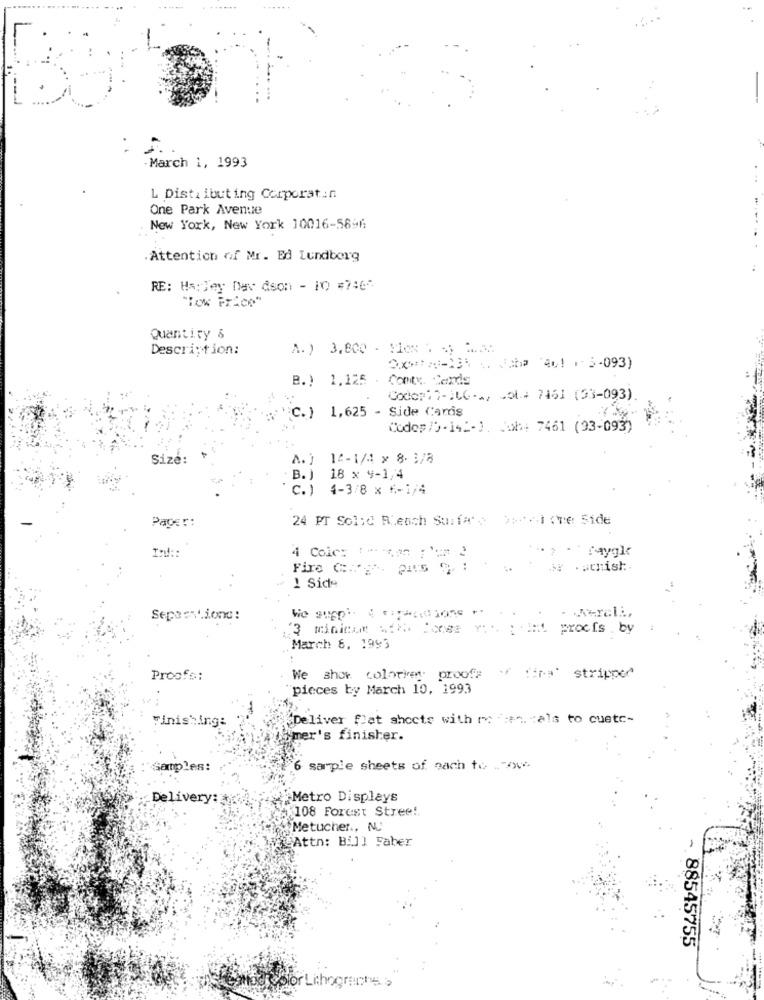
March 1, 1993
L Distributing Corporatin
One Park Avenue
New York, New York 10016-5896
. Attention of Mr. Ed Lundberg
RE: Hs: Jey Day &son - 10 #7:67
"How Price"
Quantity &
Description:
A. ) 3.800 - Mies . 5 2.5.
Oper-135 %. Jaba Au! 1 5-093)
B.) 1.125 . Conty. Cards
Codo:17-ILC-%, Lol* 7461 (33-093)
C.) 1,625 - Side Caris
Codes /9- 14 :- ). Juh+ 7461 (93-093)
Size:
A. )
14-1/4 x 8- 3/8
B. J
18 x 4-1/4
C.) 4-3/8 x 6-1/4
Paper:
24 PT Solid Reach Surfa's 25.1.ve Side
** > - raygk
4 Colc: :*- * 4.0
Fire C :: ' --- 2115 9 :
1 Side
Seperniono:
3 mininame => Iones mit : :
procis . by
March 6. 1993
Proofs:
We show. colorier proof?
"pieces by March 10, 1993
Finishing:
(Deliver flat shocts with me ":+ cals to cuetc-
imer's finisher.
amples:
6 sarple sheets of nach to . A.
Delivery:
Metro Displays
108 Forest Street.
Metucher ., N.
Attn: Bill Faber
- 88545755
bior Lithographs >